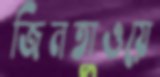
জিনতাওয়ে